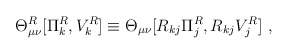
\begin{align*}\Theta^R_{\mu\nu}[\Pi_k^R, V_k^R]\equiv\Theta_{\mu\nu}[R_{kj}\Pi_j^R, R_{kj}V_j^R]~,\end{align*}